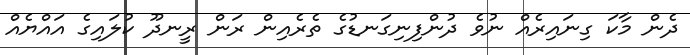
ދެން މާކަ ގިނައިރެއް ނުވެ ދުންފިނިގަނޑުގެ ތެރެއިން ރަން ރީނދޫ ކުލައިގެ އައްޔެއް